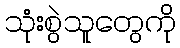
သုံးစွဲသူတွေကို